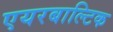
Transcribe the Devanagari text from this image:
एयरबाल्टिक